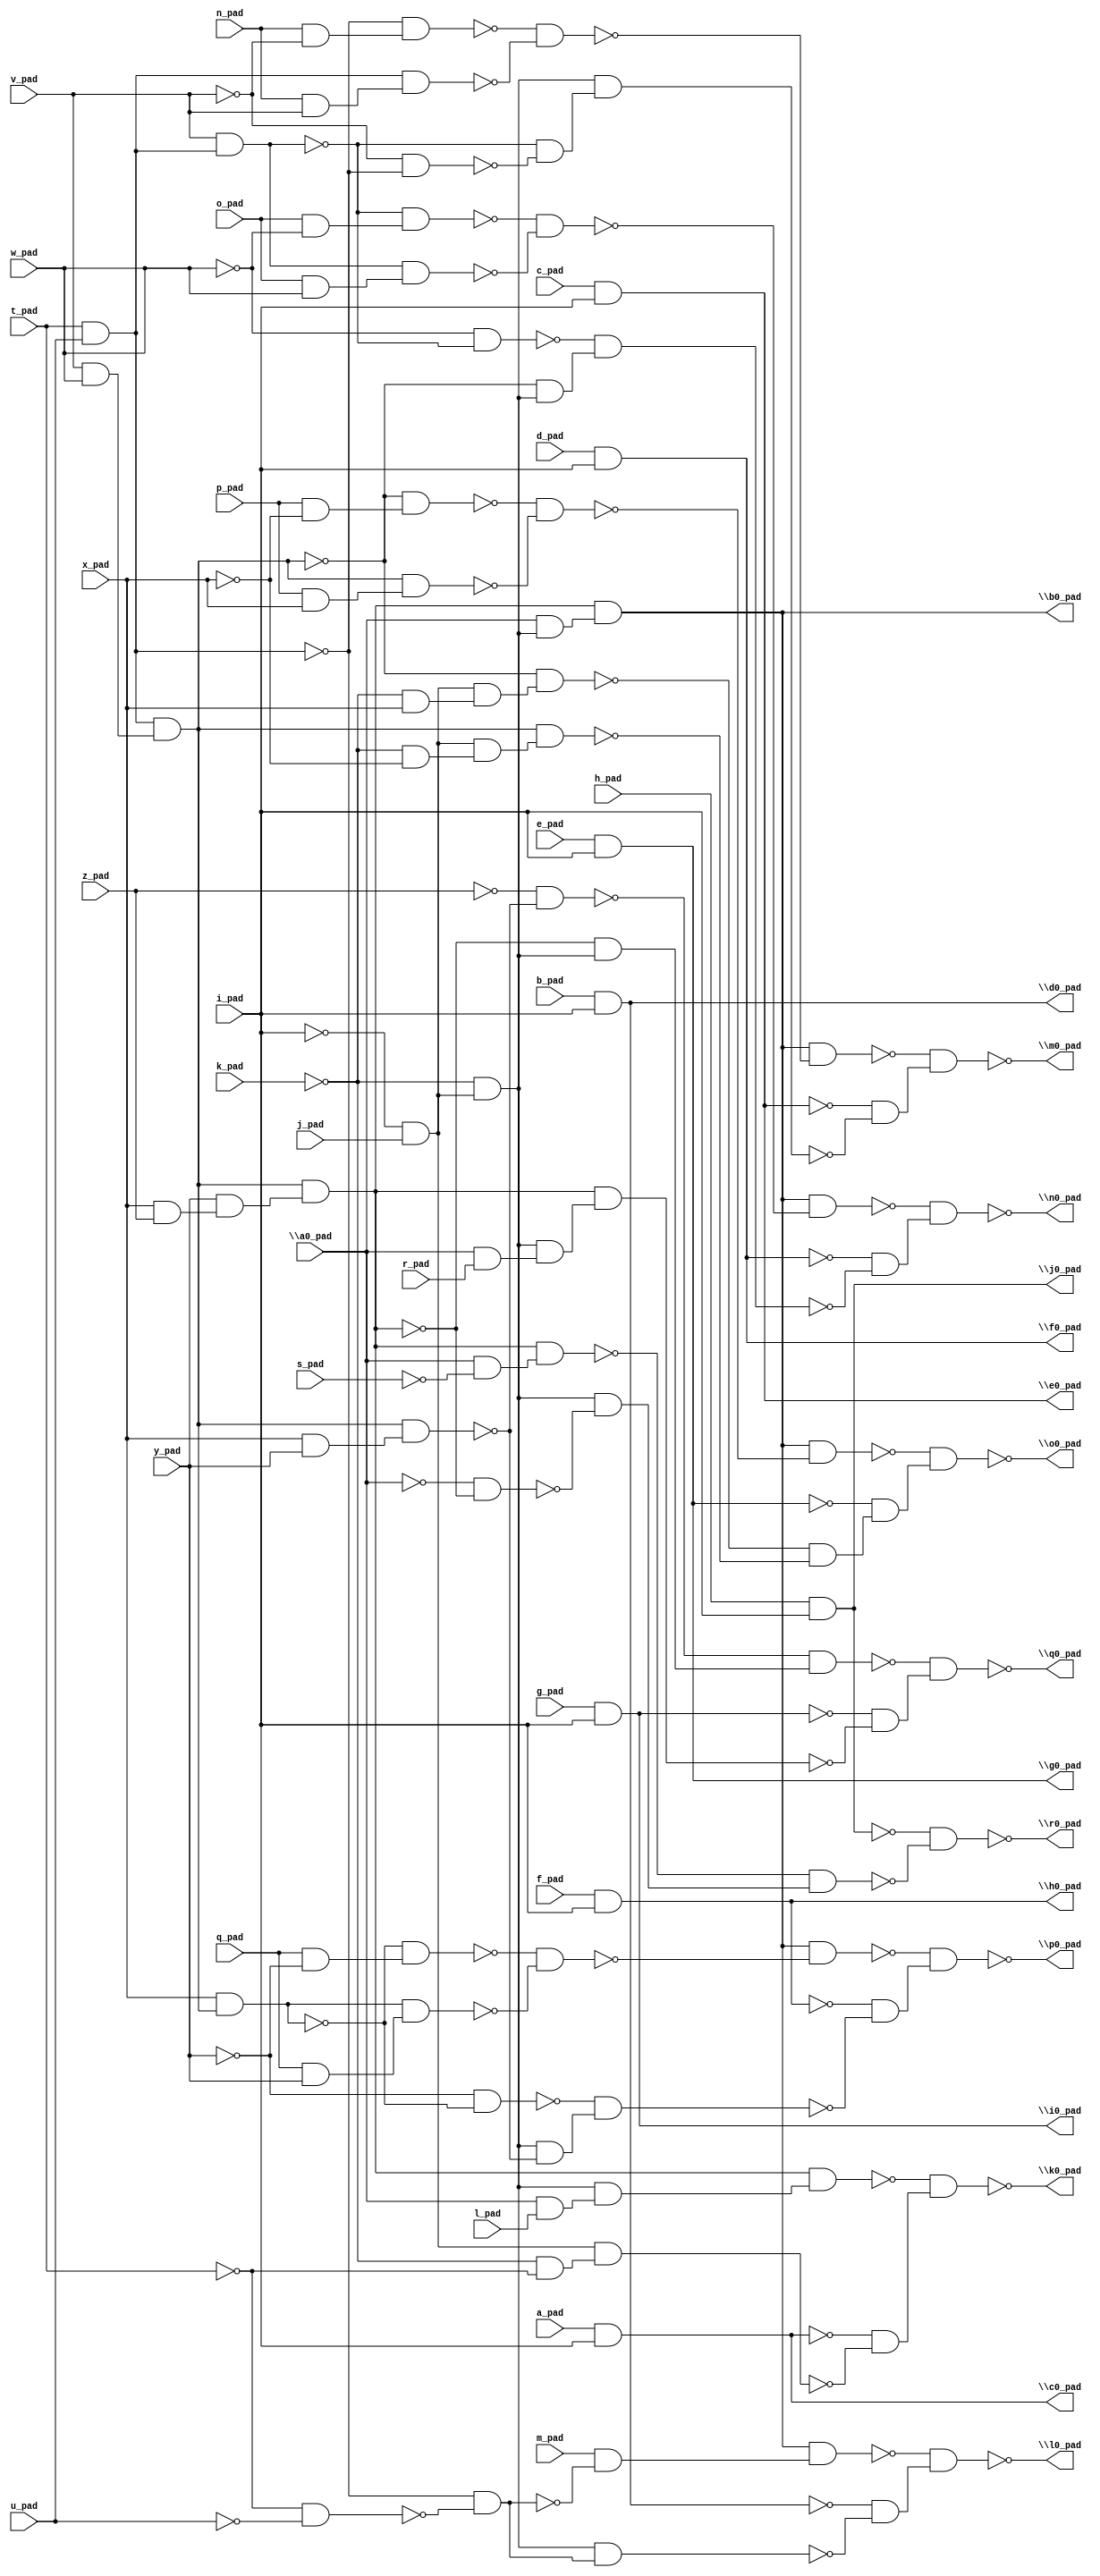
module top( \a0_pad  , a_pad , b_pad , c_pad , d_pad , e_pad , f_pad , g_pad , h_pad , i_pad , j_pad , k_pad , l_pad , m_pad , n_pad , o_pad , p_pad , q_pad , r_pad , s_pad , t_pad , u_pad , v_pad , w_pad , x_pad , y_pad , z_pad , \b0_pad  , \c0_pad  , \d0_pad  , \e0_pad  , \f0_pad  , \g0_pad  , \h0_pad  , \i0_pad  , \j0_pad  , \k0_pad  , \l0_pad  , \m0_pad  , \n0_pad  , \o0_pad  , \p0_pad  , \q0_pad  , \r0_pad  );
  input \a0_pad  ;
  input a_pad ;
  input b_pad ;
  input c_pad ;
  input d_pad ;
  input e_pad ;
  input f_pad ;
  input g_pad ;
  input h_pad ;
  input i_pad ;
  input j_pad ;
  input k_pad ;
  input l_pad ;
  input m_pad ;
  input n_pad ;
  input o_pad ;
  input p_pad ;
  input q_pad ;
  input r_pad ;
  input s_pad ;
  input t_pad ;
  input u_pad ;
  input v_pad ;
  input w_pad ;
  input x_pad ;
  input y_pad ;
  input z_pad ;
  output \b0_pad  ;
  output \c0_pad  ;
  output \d0_pad  ;
  output \e0_pad  ;
  output \f0_pad  ;
  output \g0_pad  ;
  output \h0_pad  ;
  output \i0_pad  ;
  output \j0_pad  ;
  output \k0_pad  ;
  output \l0_pad  ;
  output \m0_pad  ;
  output \n0_pad  ;
  output \o0_pad  ;
  output \p0_pad  ;
  output \q0_pad  ;
  output \r0_pad  ;
  wire n28 , n29 , n30 , n31 , n32 , n33 , n34 , n35 , n36 , n37 , n38 , n39 , n40 , n41 , n42 , n43 , n44 , n45 , n46 , n47 , n48 , n49 , n50 , n51 , n52 , n53 , n54 , n55 , n56 , n57 , n58 , n59 , n60 , n61 , n62 , n63 , n64 , n65 , n66 , n67 , n68 , n69 , n70 , n71 , n72 , n73 , n74 , n75 , n76 , n77 , n78 , n79 , n80 , n81 , n82 , n83 , n84 , n85 , n86 , n87 , n88 , n89 , n90 , n91 , n92 , n93 , n94 , n95 , n96 , n97 , n98 , n99 , n100 , n101 , n102 , n103 , n104 , n105 , n106 , n107 , n108 , n109 , n110 , n111 , n112 , n113 , n114 , n115 , n116 , n117 , n118 , n119 , n120 , n121 , n122 , n123 , n124 , n125 ;
  assign n28 = t_pad & u_pad ;
  assign n29 = v_pad & w_pad ;
  assign n30 = n28 & n29 ;
  assign n31 = x_pad & z_pad ;
  assign n32 = y_pad & n31 ;
  assign n33 = n30 & n32 ;
  assign n34 = ~i_pad & j_pad ;
  assign n35 = ~k_pad & n34 ;
  assign n36 = \a0_pad  & n35 ;
  assign n37 = n33 & n36 ;
  assign n38 = a_pad & i_pad ;
  assign n39 = b_pad & i_pad ;
  assign n40 = c_pad & i_pad ;
  assign n41 = d_pad & i_pad ;
  assign n42 = e_pad & i_pad ;
  assign n43 = f_pad & i_pad ;
  assign n44 = g_pad & i_pad ;
  assign n45 = h_pad & i_pad ;
  assign n46 = \a0_pad  & l_pad ;
  assign n47 = n35 & n46 ;
  assign n48 = n33 & n47 ;
  assign n49 = ~k_pad & ~t_pad ;
  assign n50 = n34 & n49 ;
  assign n51 = ~n38 & ~n50 ;
  assign n52 = ~n48 & n51 ;
  assign n53 = ~t_pad & ~u_pad ;
  assign n54 = ~n28 & ~n53 ;
  assign n55 = m_pad & ~n54 ;
  assign n56 = n37 & n55 ;
  assign n57 = n35 & n54 ;
  assign n58 = ~n39 & ~n57 ;
  assign n59 = ~n56 & n58 ;
  assign n60 = n_pad & ~v_pad ;
  assign n61 = ~n28 & n60 ;
  assign n62 = n_pad & v_pad ;
  assign n63 = n28 & n62 ;
  assign n64 = ~n61 & ~n63 ;
  assign n65 = n37 & ~n64 ;
  assign n66 = v_pad & n28 ;
  assign n67 = ~v_pad & ~n28 ;
  assign n68 = ~n66 & ~n67 ;
  assign n69 = n35 & n68 ;
  assign n70 = ~n40 & ~n69 ;
  assign n71 = ~n65 & n70 ;
  assign n72 = o_pad & ~w_pad ;
  assign n73 = ~n66 & n72 ;
  assign n74 = o_pad & w_pad ;
  assign n75 = n66 & n74 ;
  assign n76 = ~n73 & ~n75 ;
  assign n77 = n37 & ~n76 ;
  assign n78 = ~w_pad & ~n66 ;
  assign n79 = ~n30 & n35 ;
  assign n80 = ~n78 & n79 ;
  assign n81 = ~n41 & ~n80 ;
  assign n82 = ~n77 & n81 ;
  assign n83 = p_pad & ~x_pad ;
  assign n84 = ~n30 & n83 ;
  assign n85 = p_pad & x_pad ;
  assign n86 = n30 & n85 ;
  assign n87 = ~n84 & ~n86 ;
  assign n88 = n37 & ~n87 ;
  assign n89 = ~k_pad & x_pad ;
  assign n90 = n34 & n89 ;
  assign n91 = ~n30 & n90 ;
  assign n92 = ~k_pad & ~x_pad ;
  assign n93 = n34 & n92 ;
  assign n94 = n30 & n93 ;
  assign n95 = ~n91 & ~n94 ;
  assign n96 = ~n42 & n95 ;
  assign n97 = ~n88 & n96 ;
  assign n98 = x_pad & n30 ;
  assign n99 = q_pad & ~y_pad ;
  assign n100 = ~n98 & n99 ;
  assign n101 = q_pad & y_pad ;
  assign n102 = n98 & n101 ;
  assign n103 = ~n100 & ~n102 ;
  assign n104 = n37 & ~n103 ;
  assign n105 = ~y_pad & ~n98 ;
  assign n106 = x_pad & y_pad ;
  assign n107 = n30 & n106 ;
  assign n108 = n35 & ~n107 ;
  assign n109 = ~n105 & n108 ;
  assign n110 = ~n43 & ~n109 ;
  assign n111 = ~n104 & n110 ;
  assign n112 = ~z_pad & ~n107 ;
  assign n113 = ~n33 & n35 ;
  assign n114 = ~n112 & n113 ;
  assign n115 = \a0_pad  & r_pad ;
  assign n116 = n35 & n115 ;
  assign n117 = n33 & n116 ;
  assign n118 = ~n44 & ~n117 ;
  assign n119 = ~n114 & n118 ;
  assign n120 = \a0_pad  & ~s_pad ;
  assign n121 = n33 & n120 ;
  assign n122 = ~\a0_pad  & ~n33 ;
  assign n123 = n35 & ~n122 ;
  assign n124 = ~n121 & n123 ;
  assign n125 = ~n45 & ~n124 ;
  assign \b0_pad  = n37 ;
  assign \c0_pad  = n38 ;
  assign \d0_pad  = n39 ;
  assign \e0_pad  = n40 ;
  assign \f0_pad  = n41 ;
  assign \g0_pad  = n42 ;
  assign \h0_pad  = n43 ;
  assign \i0_pad  = n44 ;
  assign \j0_pad  = n45 ;
  assign \k0_pad  = ~n52 ;
  assign \l0_pad  = ~n59 ;
  assign \m0_pad  = ~n71 ;
  assign \n0_pad  = ~n82 ;
  assign \o0_pad  = ~n97 ;
  assign \p0_pad  = ~n111 ;
  assign \q0_pad  = ~n119 ;
  assign \r0_pad  = ~n125 ;
endmodule